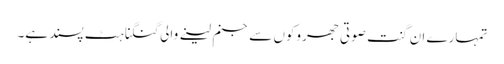
تمہارے ان گنت صوتی جھروکوں سے جنم لینے والی گنگناہٹ پسند ہے۔